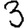
Digit: 3